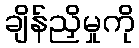
ချိန်ညှိမှုကို